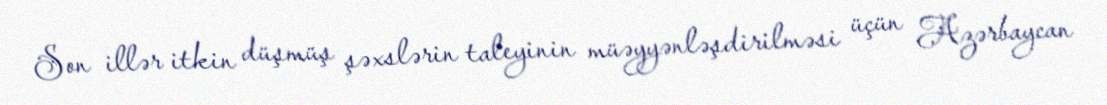
Son illər itkin düşmüş şəxslərin taleyinin müəyyənləşdirilməsi üçün Azərbaycan